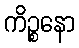
ကိဉ္စနော